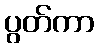
ပွတ်ကာ